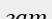
гат